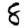
Digit: 8